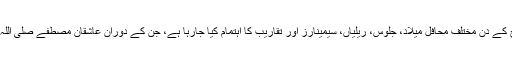
عید میلاد النبی صلی اللہ علیہ والہ وسلم کے موقع پر ملک بھر میں آج کے دن مختلف محافل میلاد، جلوس، ریلیاں، سیمینارز اور تقاریب کا اہتمام کیا جارہا ہے، جن کے دوران عاشقان مصطفے صلی اللہ علیہ والہ وسلم اپنے اپنے انداز سے گلہائے عقیدت پیش کررہے ہیں۔